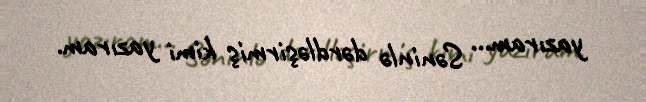
yazıram... Səninlə dərdləşirmiş kimi yazıram.